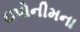
ઇપોનીમના